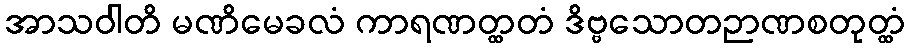
အာသဝါတိ မဏိမေခလံ ကာရဏတ္ထတံ ဒိဗ္ဗသောတဉာဏစတုတ္ထံ